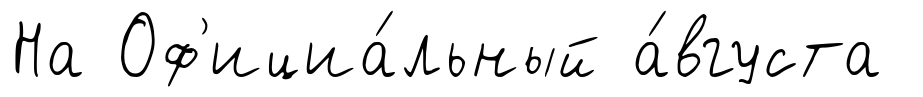
На Оф'ициа́льный а́вгуста